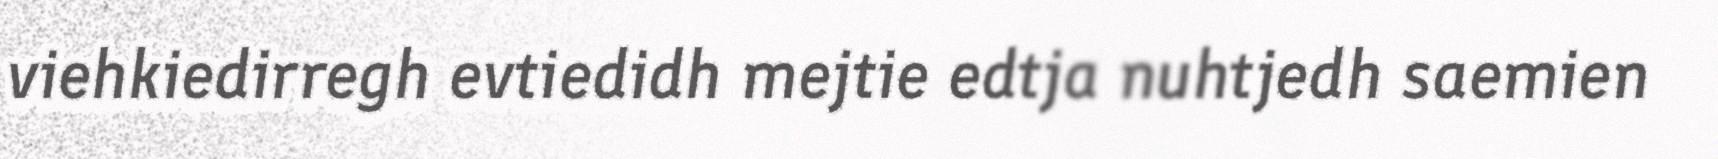
viehkiedirregh evtiedidh mejtie edtja nuhtjedh saemien